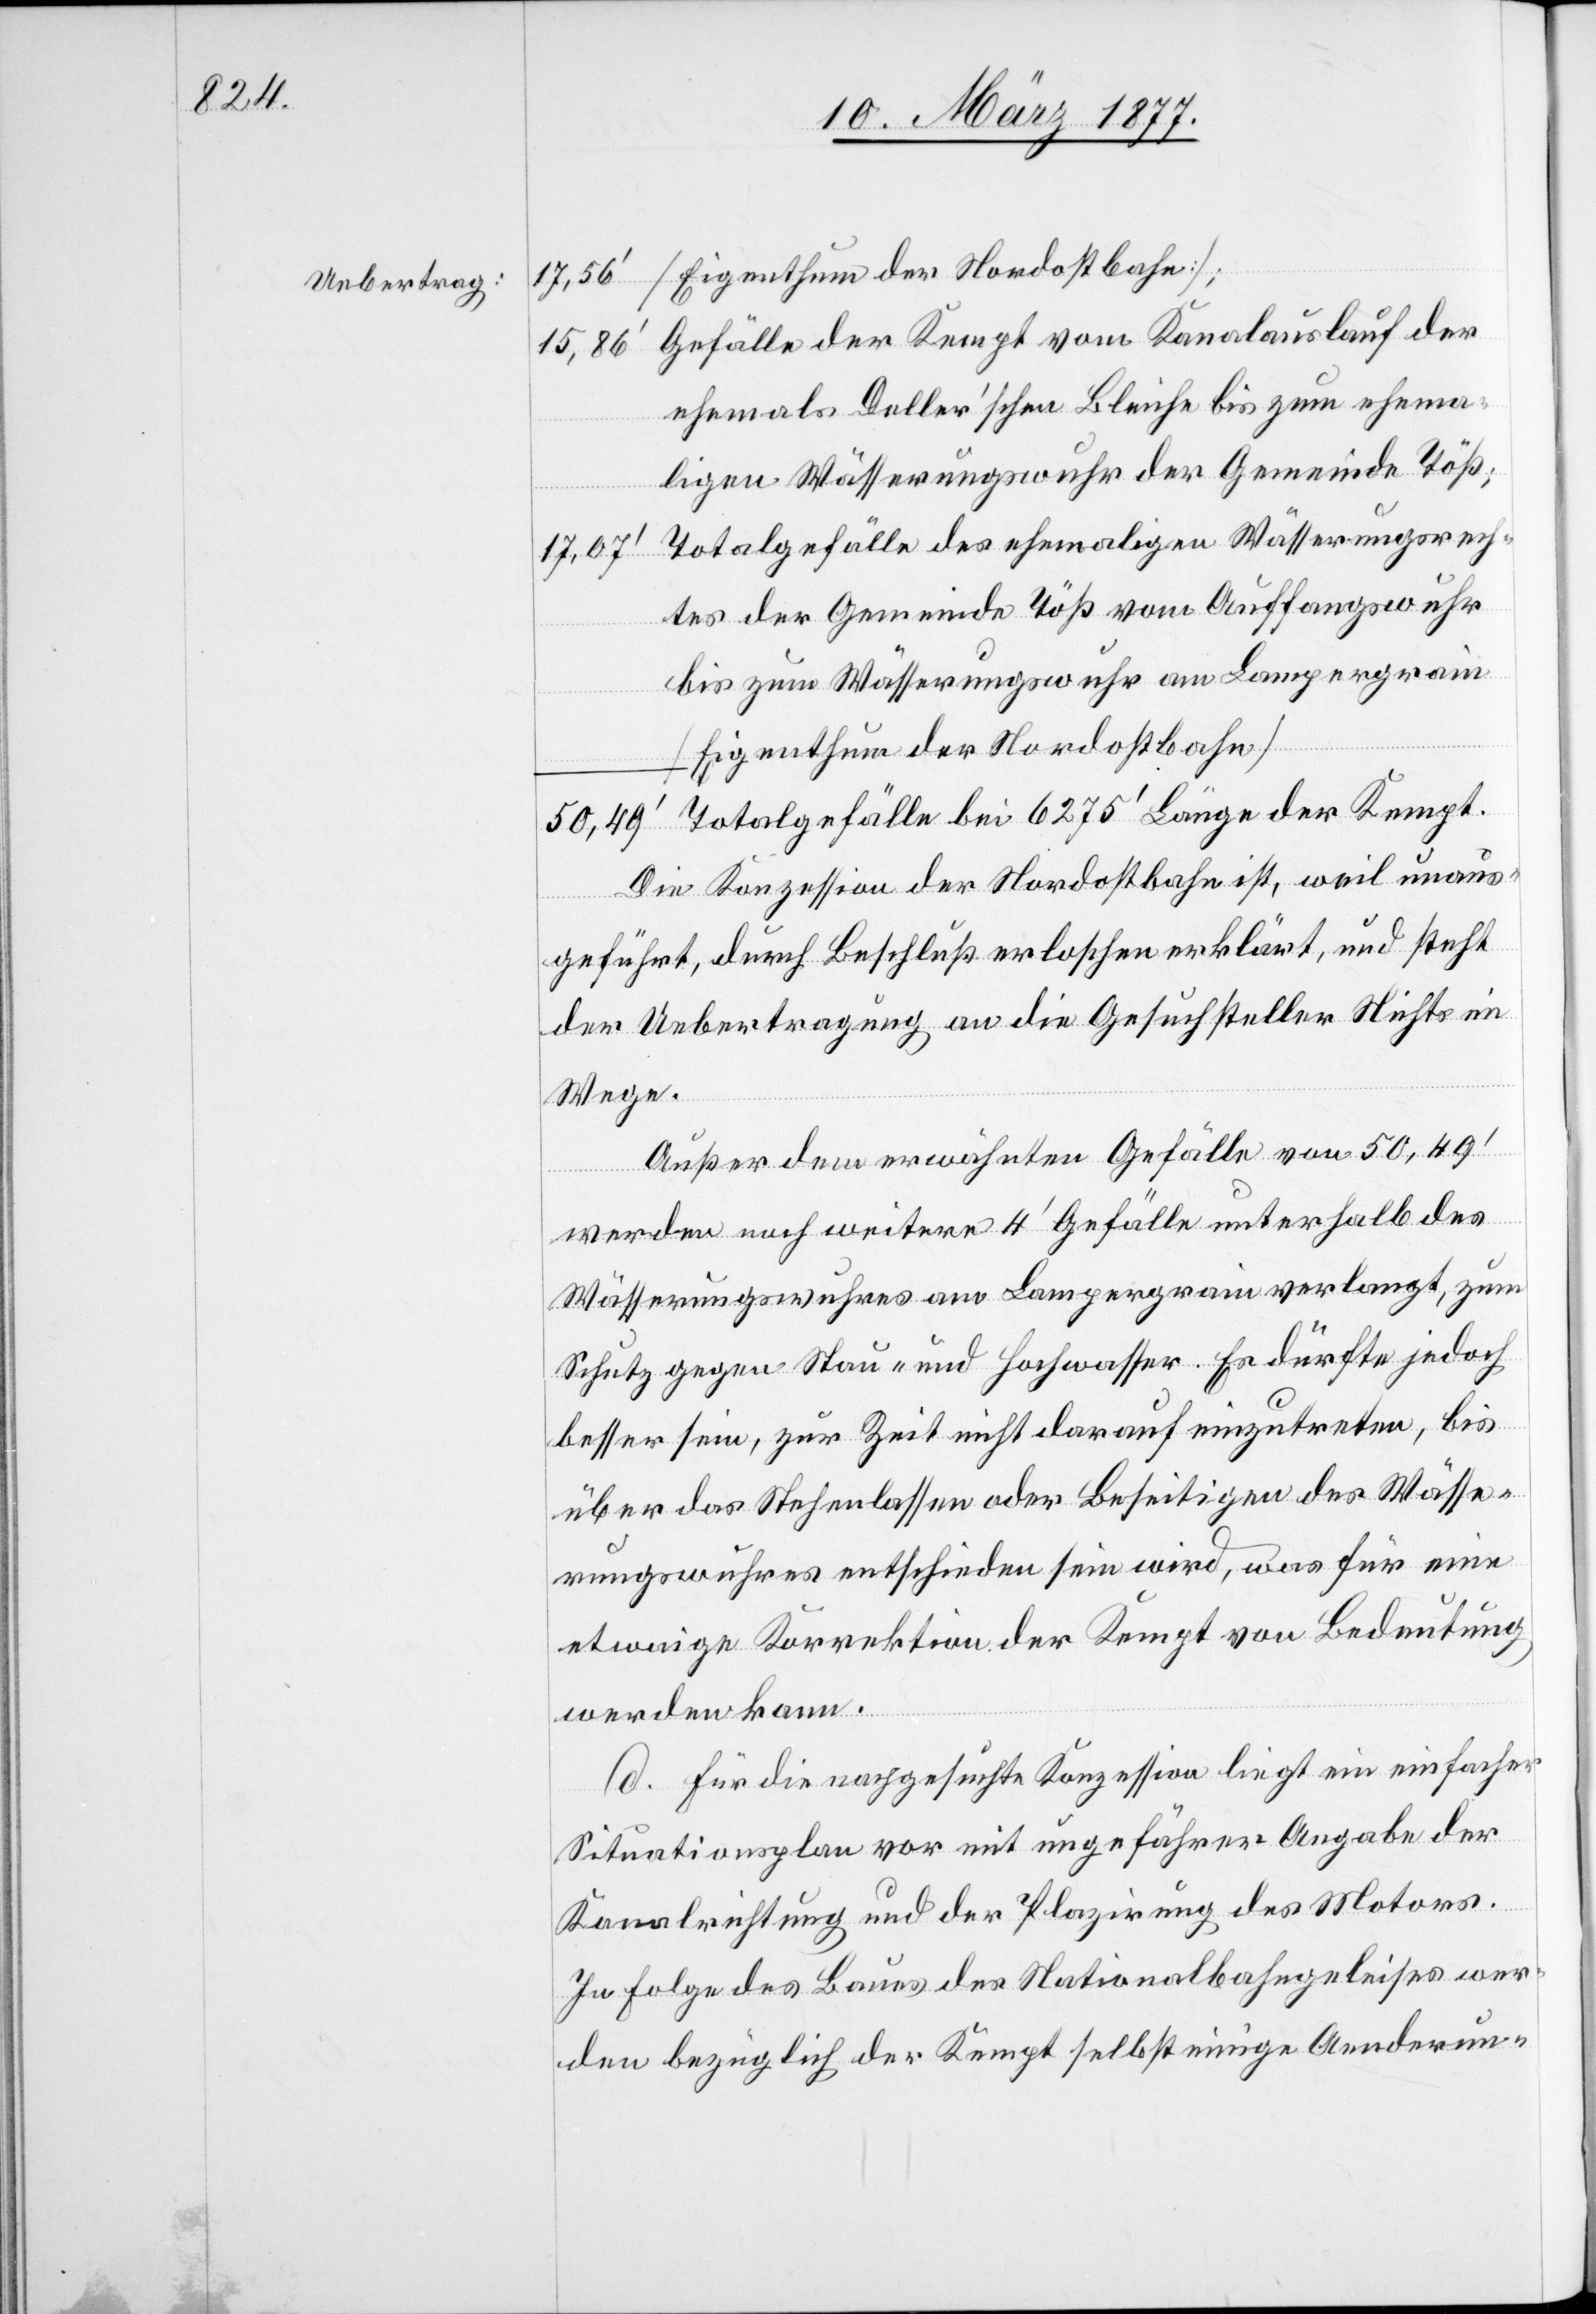
Uebertrag:

Gefälle der Kempt vom Kanalauslauf der
15,86’
ehemals Deller’schen Bleiche bis zum ehema¬
ligen Wässerungswuhr der Gemeinde Töß;
Totalgefälle des ehemaligen Wässerungsrech¬
17,07’
tes der Gemeinde Töß vom Auffangswuhr
bis zum Wässerungswuhr am Lampergrain
[Eigenthum der Nordostbahn]
Totalgefälle bei 6275’ Länge der Kempt.
Die Konzession der Nordostbahn ist, weil unaus¬
geführt, durch Beschluß erloschen erklärt, und steht
der Uebertragung an die Gesuchsteller Nichts im
Wege.
Außer dem erwähnten Gefälle von 50,49’
werden noch weitere 4’ Gefälle unterhalb des
Wässerungswuhres am Lampergrain verlangt, zum
Schutz gegen Stau- und Hochwasser. Es dürfte jedoch
besser sein, zur Zeit nicht darauf einzutreten, bis
über das Stehenlassen oder Beseitigen des Wässe¬
rungswuhres entschieden sein wird, was für eine
etwaige Korrektion der Kempt von Bedeutung
werden kann.
d. Für die nachgesuchte Konzession liegt ein einfacher
Situationsplan vor mit ungefährer Angabe der
Kanalrichtung und der Plazirung des Motors.
In Folge des Baues des Nationalbahngeleises wer¬
den bezüglich der Kempt selbst einige Aenderun-